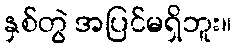
နှစ်တွဲ အပြင်မရှိဘူး။